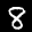
Label: 8